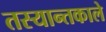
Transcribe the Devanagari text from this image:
तस्यान्तकाले